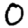
Digit: 0